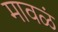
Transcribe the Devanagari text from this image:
मावळं